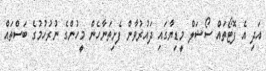
އަދި އެ ފޮޓޯތައް ސޯޝަލް މީޑިޔާގައި ދައުރުވާން ފެށިތަނާހެން މީހުންގެ ނުރުހުމުގެ ބަސްތައް